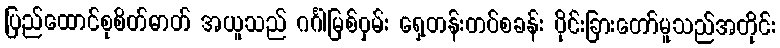
ပြည်ထောင်စုစိတ်ဓာတ် အယူသည် ဂင်္ဂါမြစ်ဝှမ်း ရှေ့တန်းတပ်စခန်း ပိုင်းခြားတော်မူသည်အတိုင်း